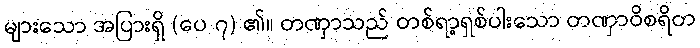
များသော အပြားရှိ (ပေ ၇) ၏။ တဏှာသည် တစ်ရာ့ရှစ်ပါးသော တဏှာဝိစရိတ